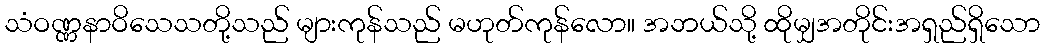
သံဝဏ္ဏနာဝိသေသတို့သည် များကုန်သည် မဟုတ်ကုန်လော။ အဘယ်သို့ ထိုမျှအတိုင်းအရှည်ရှိသော